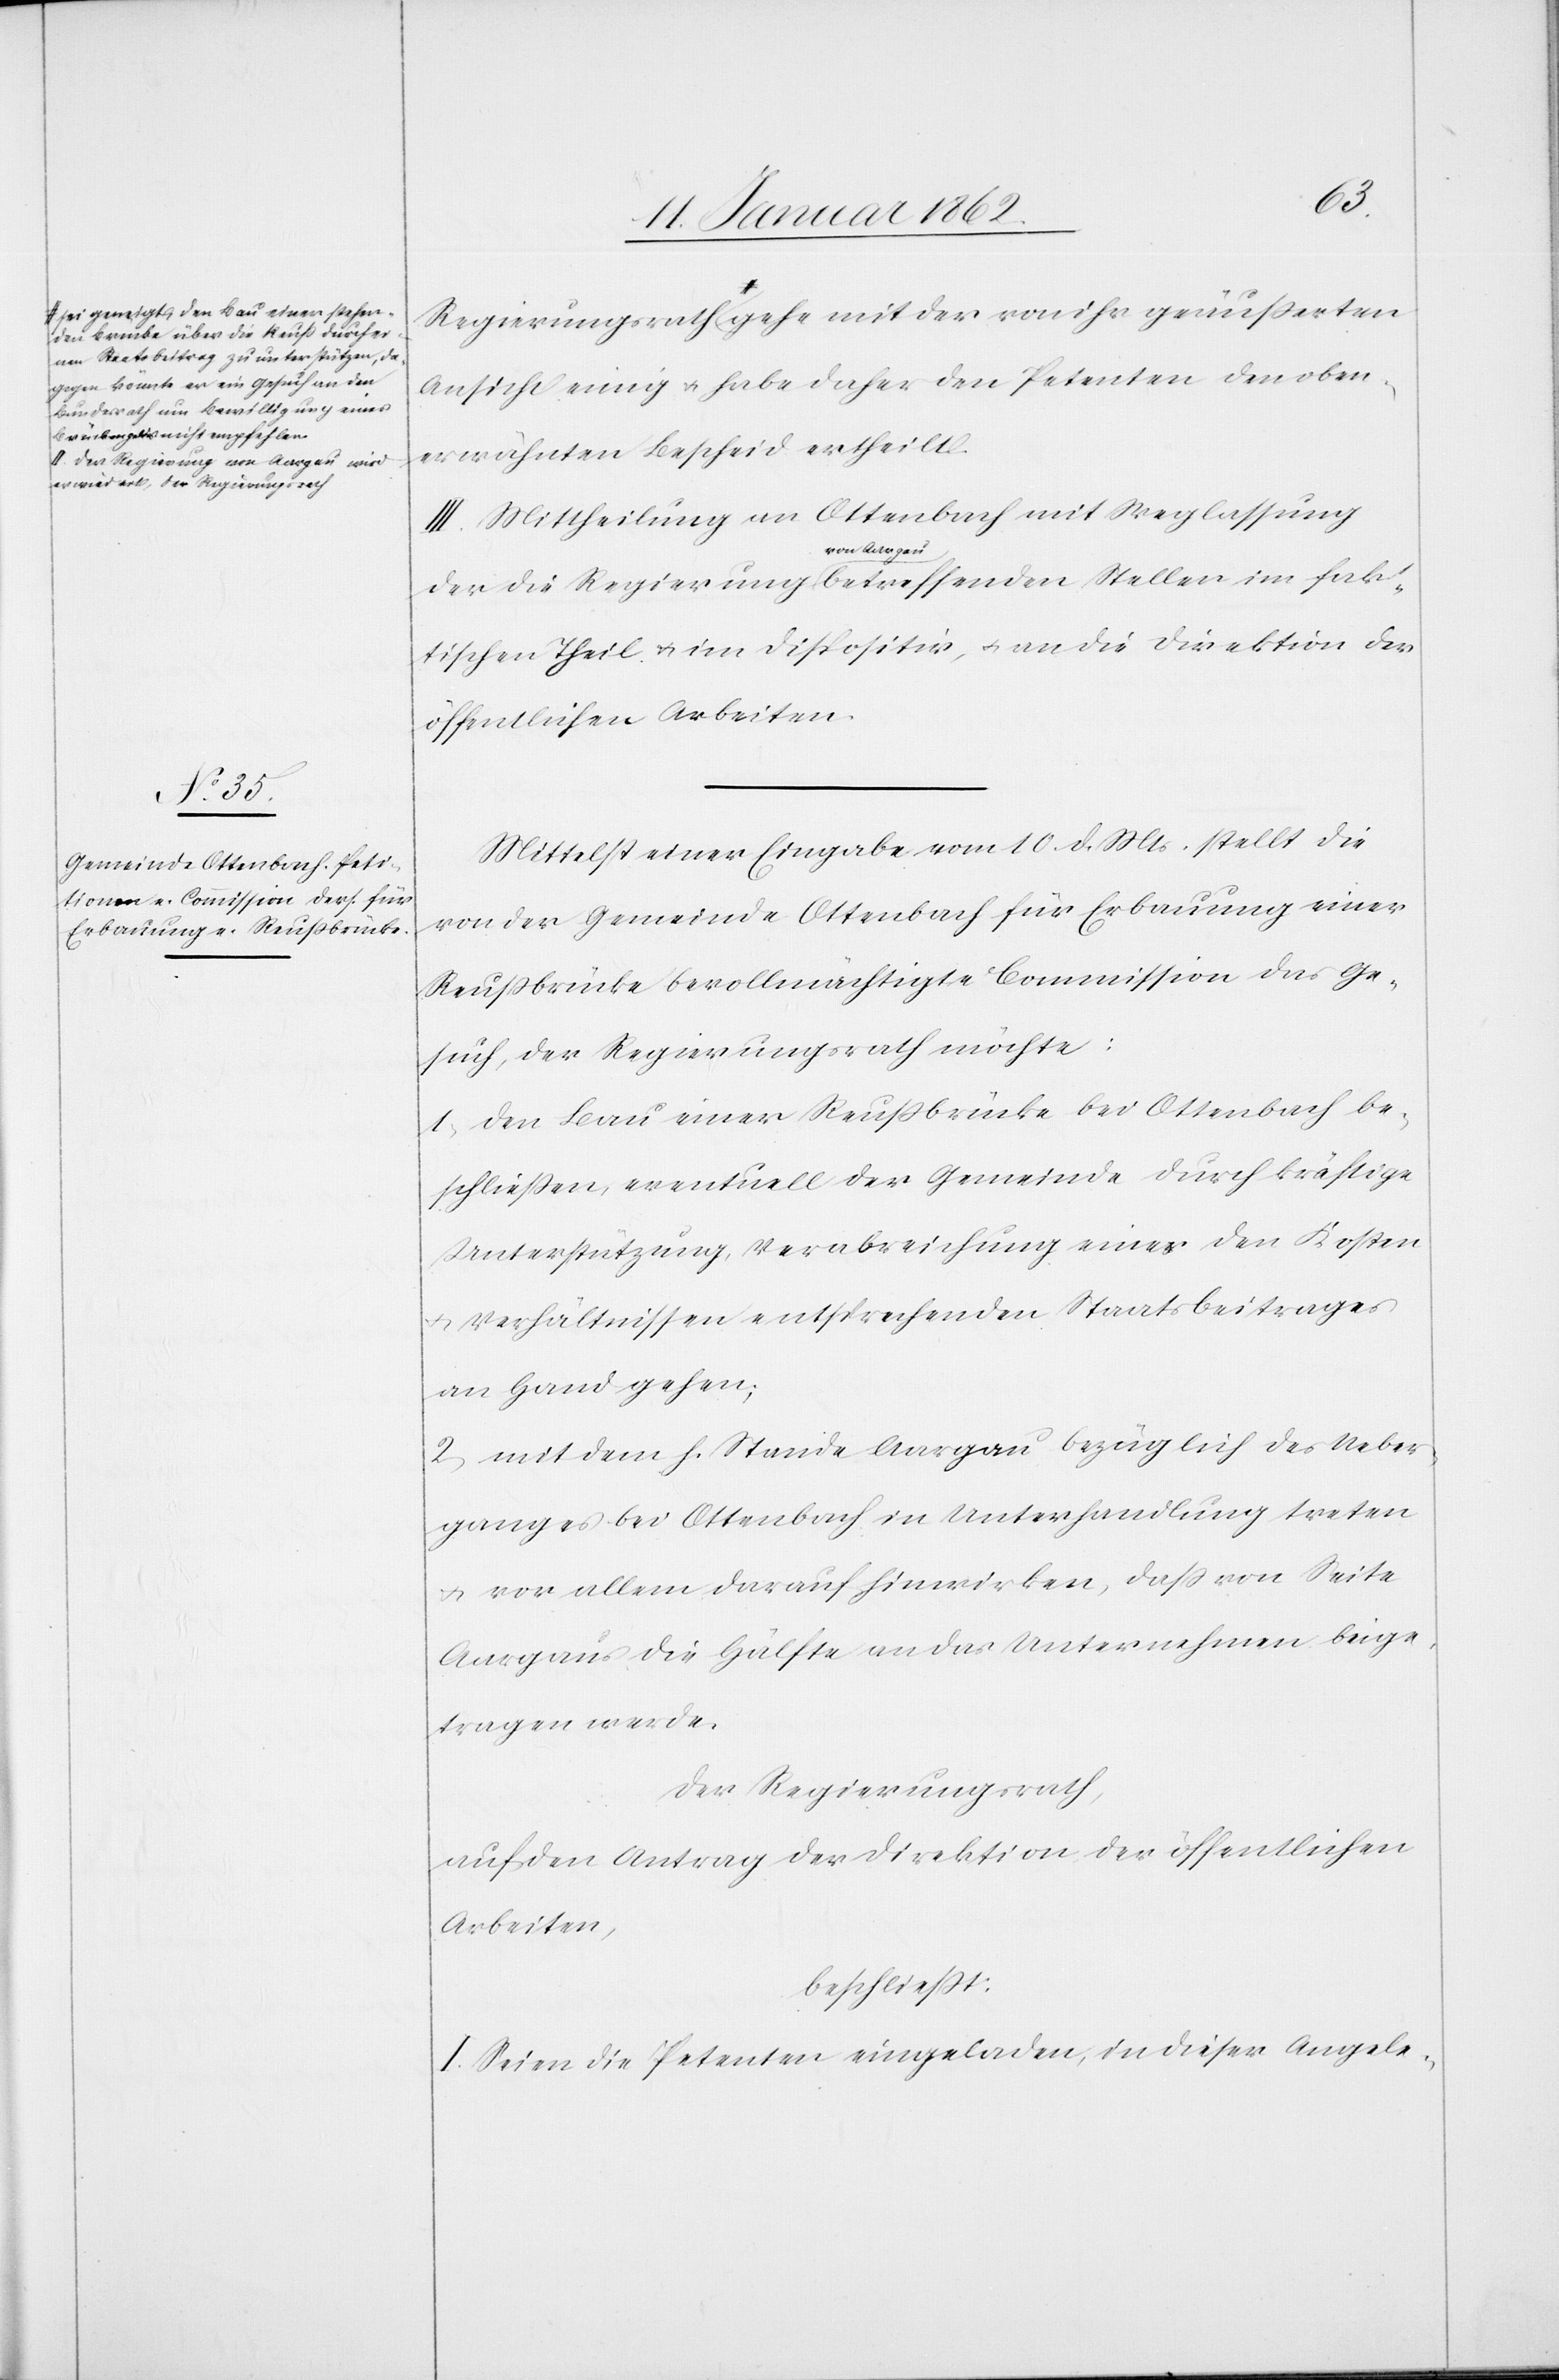
a-sei geneigt, den Bau einer stehen¬
den Brücke über die Reuß durch ei¬
nen Staatsbeitrag zu unterstützen, da¬
gegen könnte er ein Gesuch an den
Bundesrath um Bewilligung eines
Brückengeldes nicht empfehlen.
II. Der Regierung von Aargau wird

fak¬
Regierungsrath-a gehe mit der von ihr geäußerten
Ansicht einig u. habe daher den Petenten den oben¬
erwähnten Bescheid ertheilt.
III. Mittheilung an Ottenbach mit Weglassung
von Aargau
tischen Theil u. im Dispositiv, u. an die Direktion der
öffentlichen Arbeiten.
Mittelst einer Eingabe vom 10. d. Mts. stellt die
von der Gemeinde Ottenbach für Erbauung einer
Reußbrücke bevollmächtigte Commission das Ge¬
such, der Regierungsrath möchte:
1, den Bau einer Reußbrücke bei Ottenbach be¬
schließen, eventuell der Gemeinde durch kräftige
Unterstützung, Verabreichung eines den Kosten
u. Verhältnissen entsprechenden Staatsbeitrages
an Hand gehen;
2, mit dem h. Stande Aargau bezüglich des Ueber¬
ganges bei Ottenbach in Unterhandlung treten
u. vor allem darauf hinwirken, daß von Seite
Aargaus die Hälfte an das Unternehmen beige¬
tragen werde.
Der Regierungsrath,
auf den Antrag der Direktion der öffentlichen
Arbeiten,
beschließt:
I. Seien die Petenten eingeladen, in dieser Angele-